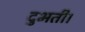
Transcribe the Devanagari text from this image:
दुभती।